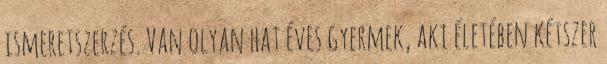
ismeretszerzés. Van olyan hat éves gyermek, aki életében kétszer